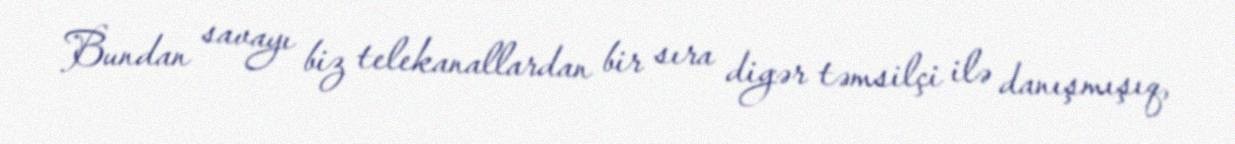
Bundan savayı biz telekanallardan bir sıra digər təmsilçi ilə danışmışıq,